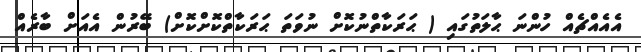
އެއެއްޗެއް ހުންނަ ޙާލަތުގައި ( ޙަރަކާތްނުކޮށް ނުވަތަ ޙަރަކާތްކޮށްކޮށް) ބޭރުން އެއަށް ބާރެއް